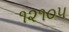
૧૨૧૦૫